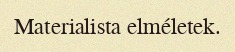
Materialista elméletek.